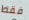
فقط